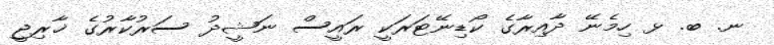
ނ. ބ. ޅ ހިމެނޭ ދާއިރާގެ ކޯޑިނޭޓަރަކީ ރައީސް ނަޝީދު ސަރުކާރުގެ ޚާރިޖީ